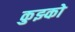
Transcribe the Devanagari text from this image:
कुझ्को